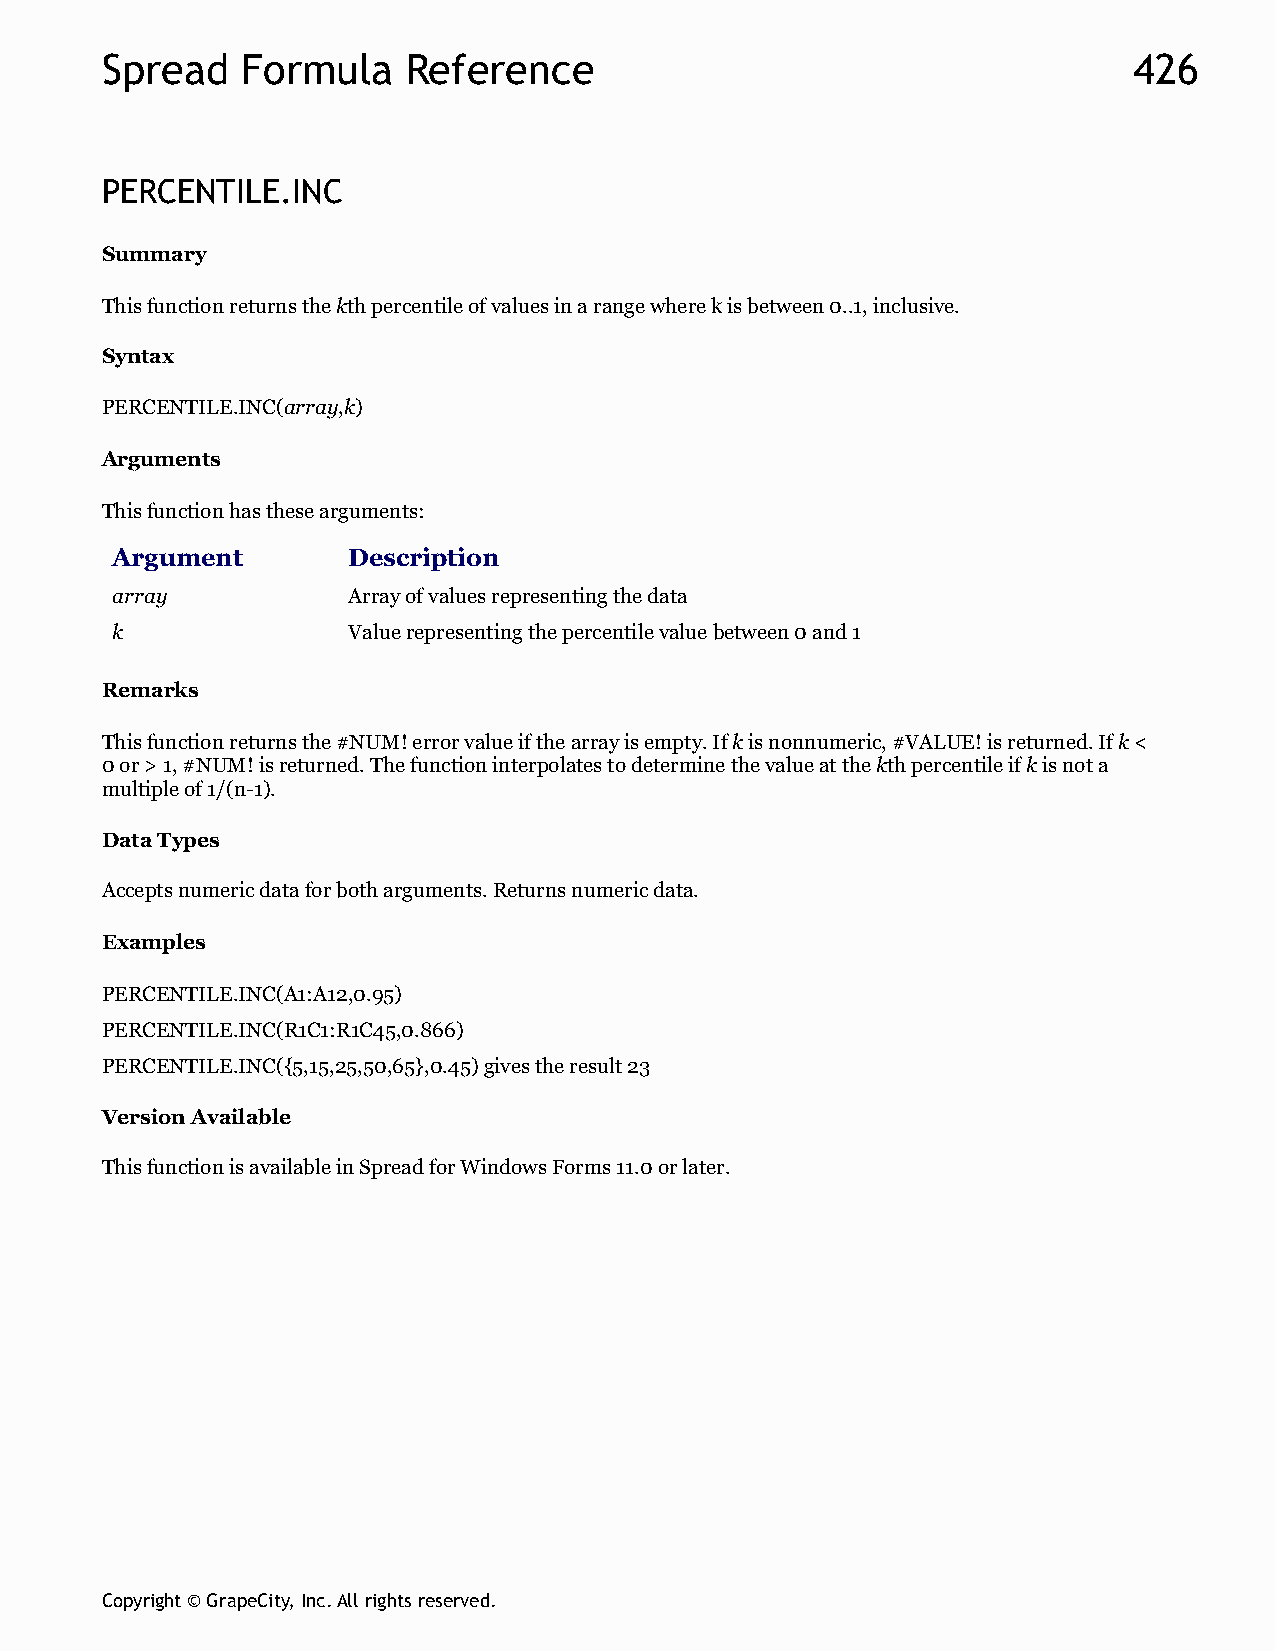
Spread   Formula    Reference                                       426
 PERCENTILE.INC
 Summary
 This function returns the kth percentile of values in a range where k is between 0..1, inclusive.
 Syntax
 PERCENTILE.INC(array,k)
 Arguments
 This function has these arguments:
 Argument        Description
 array           Array of values representing the data
 k               Value representing the percentile value between 0 and 1
 Remarks
 This function returns the #NUM! error value if the array is empty. If k is nonnumeric, #VALUE! is returned. If k <
 0 or > 1, #NUM! is returned. The function interpolates to determine the value at the kth percentile if k is not a
 multiple of 1/(n-1).
 Data Types
 Accepts numeric data for both arguments. Returns numeric data.
 Examples
 PERCENTILE.INC(A1:A12,0.95)
 PERCENTILE.INC(R1C1:R1C45,0.866)
 PERCENTILE.INC({5,15,25,50,65},0.45) gives the result 23
 Version Available
 This function is available in Spread for Windows Forms 11.0 or later.
 Copyright © GrapeCity, Inc. All rights reserved.